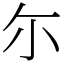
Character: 尓